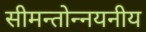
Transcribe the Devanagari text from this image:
सीमन्तोन्नयनीय